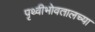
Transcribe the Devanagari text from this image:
पृथ्वीभोवतालच्या